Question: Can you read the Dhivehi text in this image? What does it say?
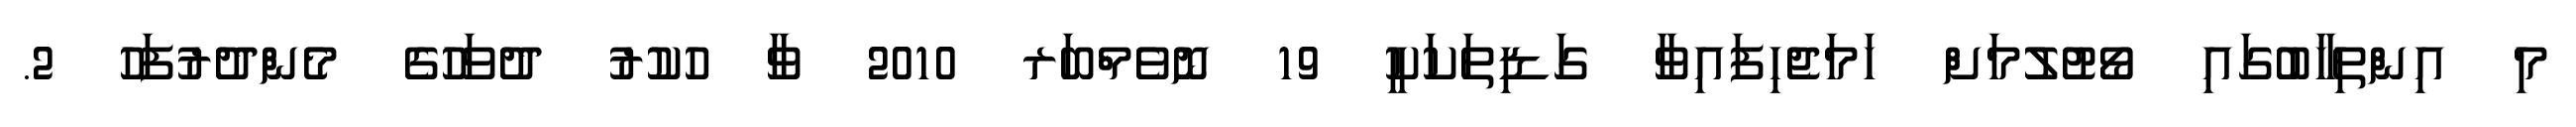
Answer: މި އިންތިޚާބުގައި ވޯޓުލުމަށް ހަމަޖެހިފައިވާ ގަޑިތަކަކީ 19 ނޮވެމްބަރ 2010 ވާ ހުކުރު ދުވަހުގެ މެންދުރުފަހު 2.